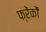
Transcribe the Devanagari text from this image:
फ्रेंकों